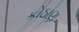
કોઠાણ